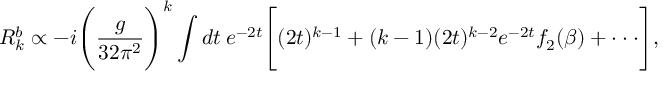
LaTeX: R _ { k } ^ { b } \propto - i \Bigg ( \frac { g } { 3 2 \pi ^ { 2 } } \Bigg ) ^ { k } \int d t \: e ^ { - 2 t } \Bigg [ ( 2 t ) ^ { k - 1 } + ( k - 1 ) ( 2 t ) ^ { k - 2 } e ^ { - 2 t } f _ { 2 } ( \beta ) + \cdot \cdot \cdot \Bigg ] ,